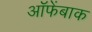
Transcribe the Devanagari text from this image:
ऑफेंबाक